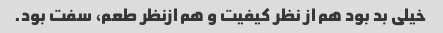
خیلی بد بود هم از نظر کیفیت و هم ازنظر طعم، سفت بود.